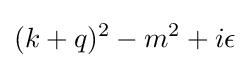
(k+q)^{2}-m^{2}+i\epsilon